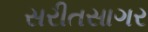
સરીતસાગર